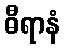
ဓီရာနံ